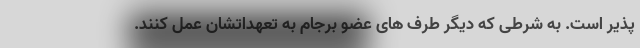
پذیر است. به شرطی که دیگر طرف های عضو برجام به تعهداتشان عمل کنند.